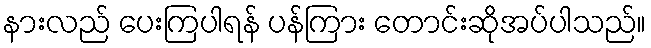
နားလည် ပေးကြပါရန် ပန်ကြား တောင်းဆိုအပ်ပါသည်။